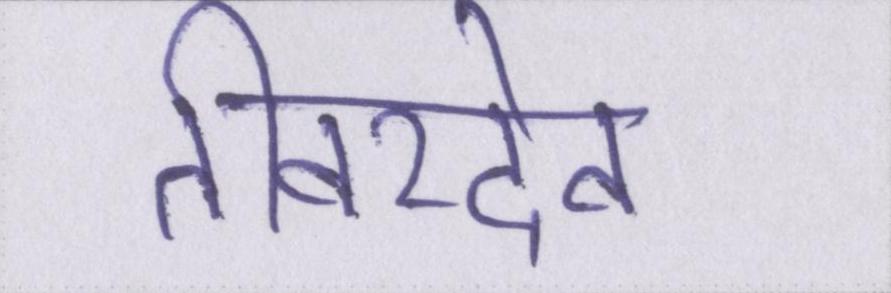
तीवरदेव